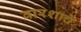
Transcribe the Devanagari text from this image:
वारशाचे